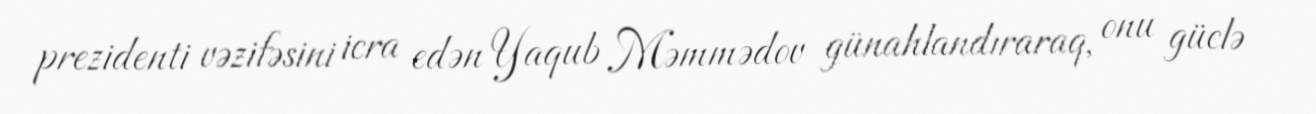
prezidenti vəzifəsini icra edən Yaqub Məmmədov günahlandıraraq, onu güclə